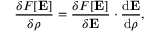
\frac { \delta F [ \mathbf { E } ] } { \delta \rho } = \frac { \delta F [ \mathbf { E } ] } { \delta \mathbf { E } } \cdot \frac { \mathrm { d } \mathbf { E } } { \mathrm { d } \rho } ,